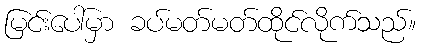
မြင်းပေါ်မှာ ခပ်မတ်မတ်ထိုင်လိုက်သည်။